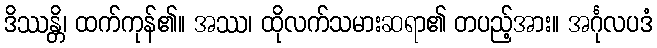
ဒိဿန္တိ၊ ထက်ကုန်၏။ အဿ၊ ထိုလက်သမားဆရာ၏ တပည့်အား။ အင်္ဂုလပဒံ